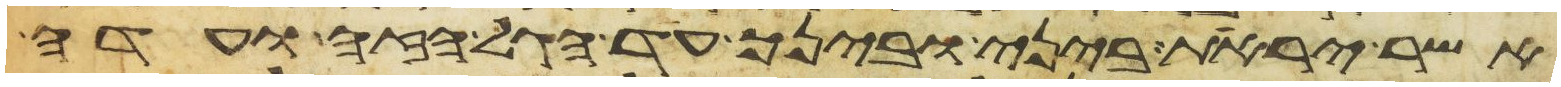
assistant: אשר יראת ביני ובינך עד הגל הזה ועדה